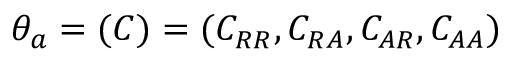
\theta _ { a } = ( C ) = ( C _ { R R } , C _ { R A } , C _ { A R } , C _ { A A } )